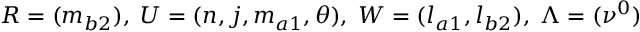
R = ( m _ { b 2 } ) , \; U = ( n , j , m _ { a 1 } , \theta ) , \; W = ( l _ { a 1 } , l _ { b 2 } ) , \; \Lambda = ( \nu ^ { 0 } )